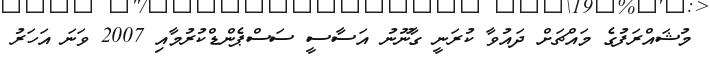
މުޝައްރަފުގެ މައްޗަށް ދައުވާ ކުރަނީ ގާނޫނު އަސާސީ ސަސްޕެންޑްކުރުމާއި 2007 ވަނަ އަހަރު